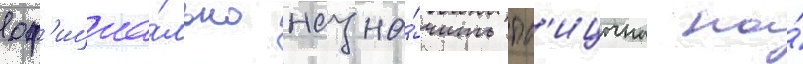
оф'ициа́льно назна́чить пт'ицына на́